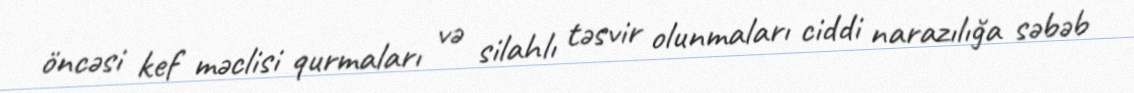
öncəsi kef məclisi qurmaları və silahlı təsvir olunmaları ciddi narazılığa səbəb